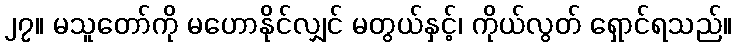
၂၇။ မသူတော်ကို မဟောနိုင်လျှင် မတွယ်နှင့်၊ ကိုယ်လွတ် ရှောင်ရသည်။